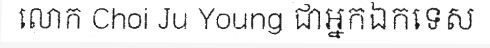
លោក Choi Ju Young ជាអ្នកឯកទេស